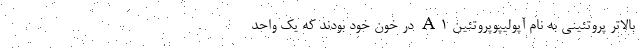
بالاتر پروتئینی به نام آپولیپوپروتئین A۱ در خون خود بودند که یک واحد